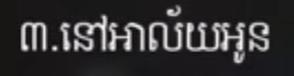
៣.នៅអាល័យអូន